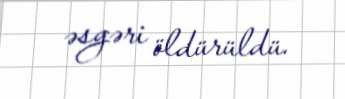
əsgəri öldürüldü.